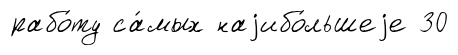
рабо́ту са́мых наjибо́льшеjе 30